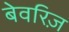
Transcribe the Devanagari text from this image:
बेवरिज़